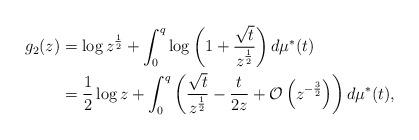
LaTeX: \begin{align*} g_2(z) & = \log z^{\frac{1}{2}} + \int_0^q \log\left(1+ \frac{\sqrt{t}}{z^{\frac{1}{2}}} \right) d\mu^*(t) \\& = \frac{1}{2} \log z +\int_0^q \left(\frac{\sqrt{t}}{z^{\frac{1}{2}}}- \frac{t}{2 z} + \mathcal{O}\left(z^{-\frac{3}{2}}\right)\right) d\mu^*(t), \end{align*}